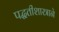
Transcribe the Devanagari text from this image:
पद्धतीशास्त्राने